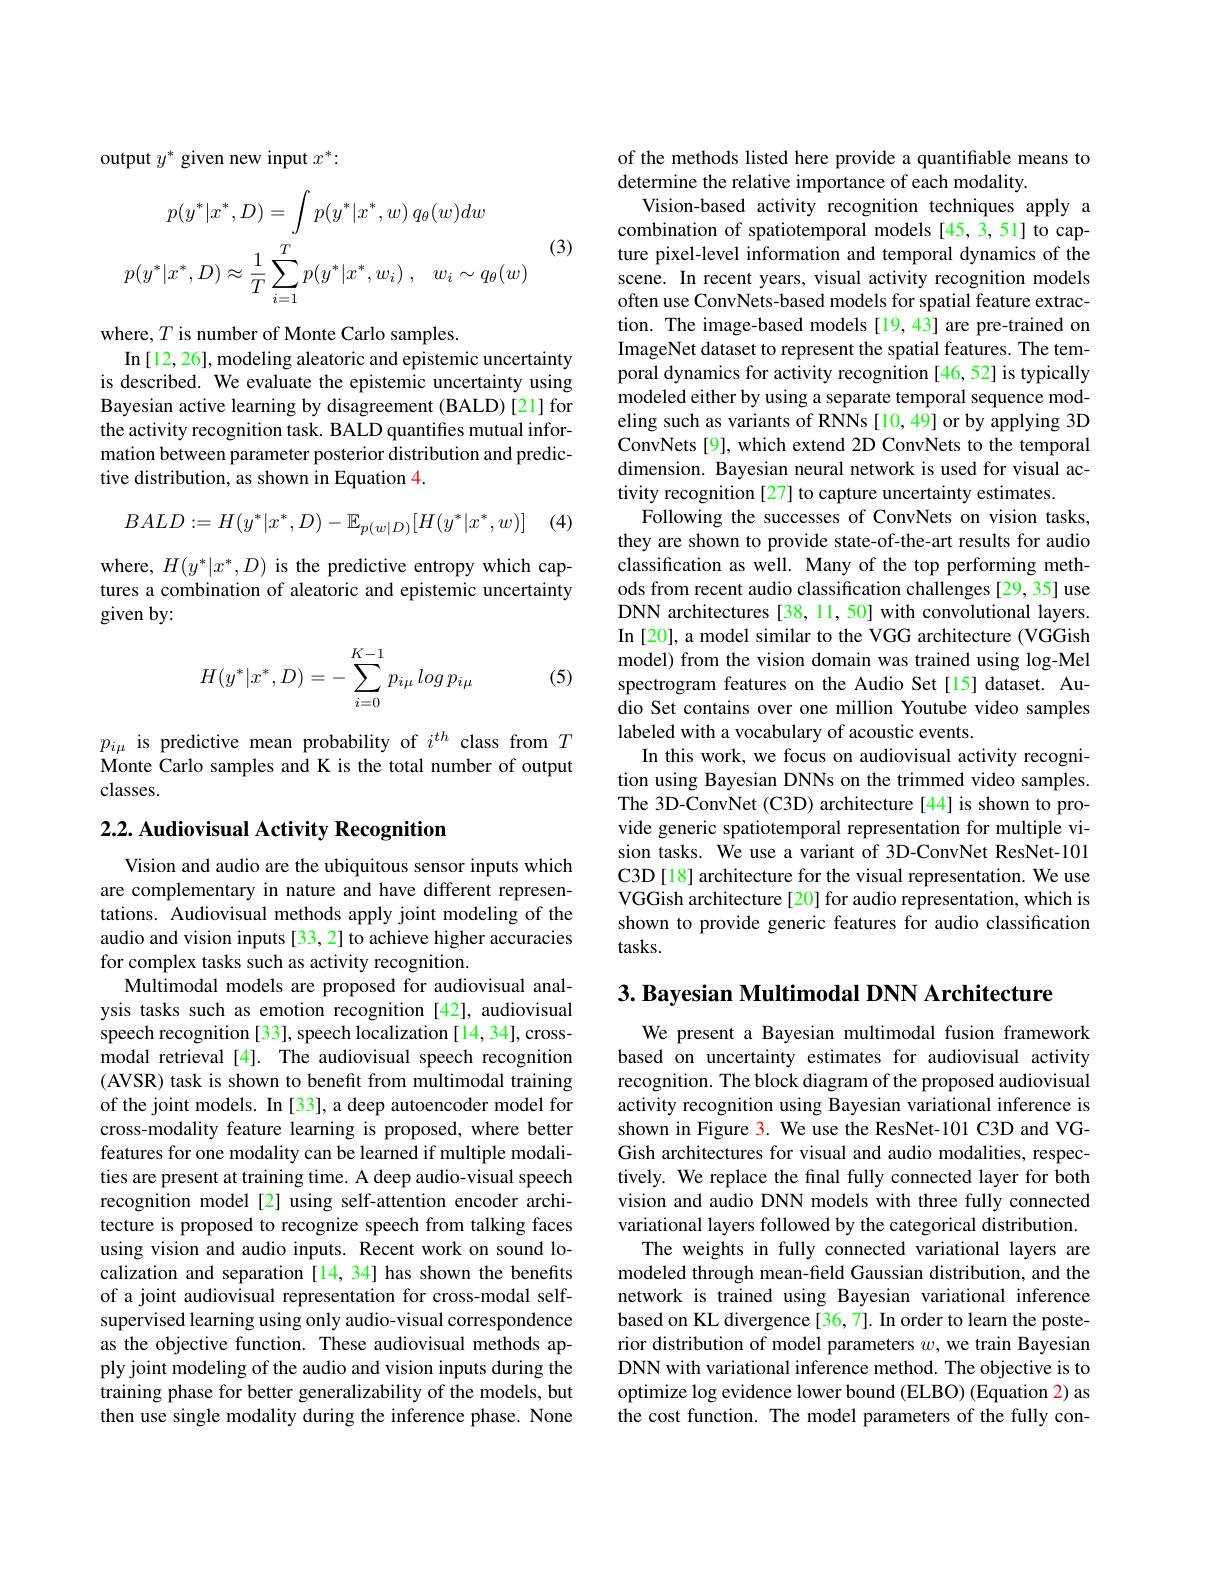
output $y^*$ given new input $x^*:$
$$p(y^{*}|x^{*},D)=\int p(y^{*}|x^{*},w)\:q_{\theta}(w)dw\\p(y^{*}|x^{*},D)\approx\frac{1}{T}\sum_{i=1}^{T}p(y^{*}|x^{*},w_{i})\:,\quad w_{i}\sim q_{\theta}(w)$$
(3)

where, $T$ is number of Monte Carlo samples.
In [12, 26], modeling aleatoric and epistemic uncertainty is described. We evaluate the epistemic uncertainty using Bayesian active learning by disagreement (BALD) [21] for the activity recognition task. BALD quantifes mutual information between parameter posterior distribution and predictive distribution, as shown in Equation 4.

 ] (4)
$$BALD:=H(y^*|x^*,D)-\mathbb{E}_{p(w|D)}[H(y^*|x^*,w)]$$
where, $H(y^{*}|x^{*},D)$ is the predictive entropy which captures a combination of aleatoric and epistemic uncertainty given by:
$$H(y^*|x^*,D)=-\sum_{i=0}^{K-1}p_{i\mu}\log p_{i\mu}$$
(5)

$p_{i\mu}$ is predictive mean probability of $i^th$ class from $T$ Monte Carlo samples and K is the total number of output classes.

## $2. 2. \textbf{ Audiovisual Activity Recognition}$

Vision and audio are the ubiquitous sensor inputs which are complementary in nature and have different representations. Audiovisual methods apply joint modeling of the audio and vision inputs [33, 2] to achieve higher accuracies for complex tasks such as activity recognition.
Multimodal models are proposed for audiovisual analysis tasks such as emotion recognition [42], audiovisual speech recognition [33], speech localization [14, 34], crossmodal retrieval [4]. The audiovisual speech recognition (AVSR) task is shown to benefit from multimodal training of the joint models. In [33], a deep autoencoder model for cross-modality feature learning is proposed, where better features for one modality can be learned if multiple modalities are present at training time. A deep audio-visual speech recognition model[2] using self-attention encoder architecture is proposed to recognize speech from talking faces using vision and audio inputs. Recent work on sound localization and separation[14,34] has shown the benefits of a joint audiovisual representation for cross-modal selfsupervised learning using only audio-visual correspondence as the objective function. These audiovisual methods apply joint modeling of the audio and vision inputs during the training phase for better generalizability of the models, but then use single modality during the inference phase. None

of the methods listed here provide a quantifiable means to
determine the relative importance of each modality.
Vision-based activity recognition techniques apply a combination of spatiotemporal models [45,3,51] to capture pixel-level information and temporal dynamics of the scene. In recent years, visual activity recognition models often use ConvNets-based models for spatial feature extraction. The image-based models [19,43] are pre-trained on ImageNet dataset to represent the spatial features. The temporal dynamics for activity recognition [46,52] is typically modeled either by using a separate temporal sequence modeling such as variants of RNNs[10,49] or by applying 3D ConvNets [9], which extend 2D ConvNets to the temporal dimension. Bayesian neural network is used for visual activity recognition [27] to capture uncertainty estimates
Following the successes of ConvNets on vision tasks, they are shown to provide state-of-the-art results for audio classification as well. Many of the top performing methods from recent audio classification challenges [29,35] use DNN architectures [38, 11, 50] with convolutional layers. In [20], a model similar to the VGG architecture (VGGish model) from the vision domain was trained using log-Mel spectrogram features on the Audio Set[15] dataset. Audio Set contains over one million Youtube video samples labeled with a vocabulary of acoustic events.
In this work, we focus on audiovisual activity recognition using Bayesian DNNs on the trimmed video samples. The 3D-ConvNet (C3D) architecture [44] is shown to provide generic spatiotemporal representation for multiple vision tasks. We use a variant of 3D-ConvNet ResNet-101 C3D[18] architecture for the visual representation. We use VGGish architecture [20] for audio representation, which is shown to provide generic features for audio classification tasks.

3. Bayesian Multimodal DNN Architecture

We present a Bayesian multimodal fusion framework based on uncertainty estimates for audiovisual activity recognition. The block diagram of the proposed audiovisual activity recognition using Bayesian variational inference is shown in Figure 3. We use the ResNet-101 C3D and VGGish architectures for visual and audio modalities, respectively. We replace the final fully connected layer for both vision and audio DNN models with three fully connected variational layers followed by the categorical distribution.
The weights in fully connected variational layers are modeled through mean-field Gaussian distribution, and the network is trained using Bayesian variational inference based on KL divergence[36,7]. In order to learn the posterior distribution of model parameters $w$, we train Bayesian DNN with variational inference method. The objective is to optimize log evidence lower bound (ELBO) (Equation 2) as the cost function. The model parameters of the fully con-